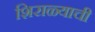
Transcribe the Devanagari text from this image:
शिराळ्याची